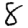
Digit: 8